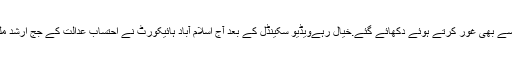
مذکورہ ملاقات میں جج ارشد ملک مبینہ طور پر اپنے مستقبل کے حوالے سے بھی غور کرتے ہوئے دکھائے گئے.خیال رہےویڈیو سکینڈل کے بعد آج اسلام آباد ہائیکورٹ نے احتساب عدالت کے جج ارشد ملک کو عہدے سے ہٹانے کے لیے وزارت قانون و انصاف کو خط لکھا تھا۔